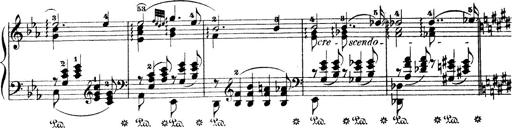
Title: Wagner-Liszt Album
Composer: Franz Liszt